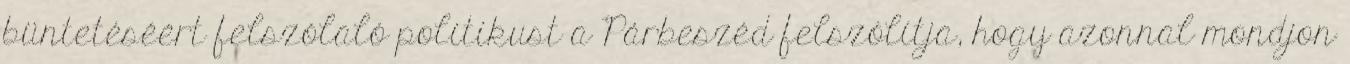
büntetéséért felszólaló politikust a Párbeszéd felszólítja, hogy azonnal mondjon